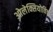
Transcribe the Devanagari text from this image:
ओलेक्सियोविच